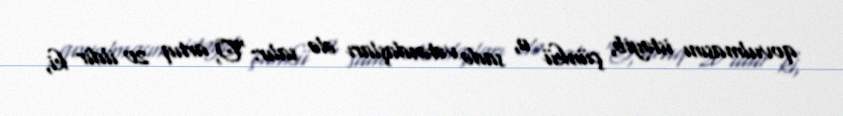
qovulmasını istəyib, çünkü o, sadə vətəndaşları ələ salır:“O, artıq 20 ildir ki,